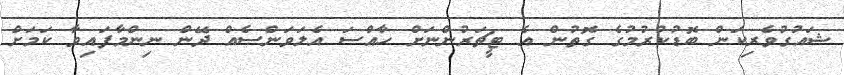
ޝައުގުވެރިކަން ބޮޑުކުރުމުގެ ގޮތުން އެ ޓީޗަރުންނަށް ހާއްސަ އެލަވަންސެއް ދޭން ނިންމާފައިވާ ކަމަށް